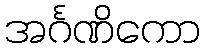
အင်္ဂဏိကော